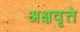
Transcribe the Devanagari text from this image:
अक्षवृत्ते